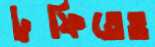
ট্রফিতেও